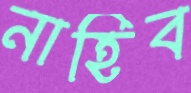
নাহিব